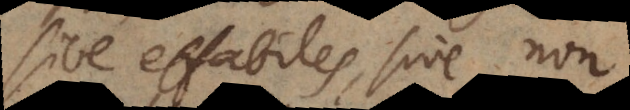
sive effabiles, sive non,